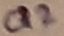
Text: Q2